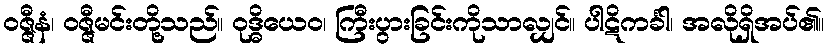
ဝဇ္ဇီနံ၊ ဝဇ္ဇီမင်းတို့သည်။ ဝုဒ္ဓိယေဝ၊ ကြီးပွားခြင်းကိုသာလျှင်။ ပါဋိကင်္ခါ၊ အလိုရှိအပ်၏။